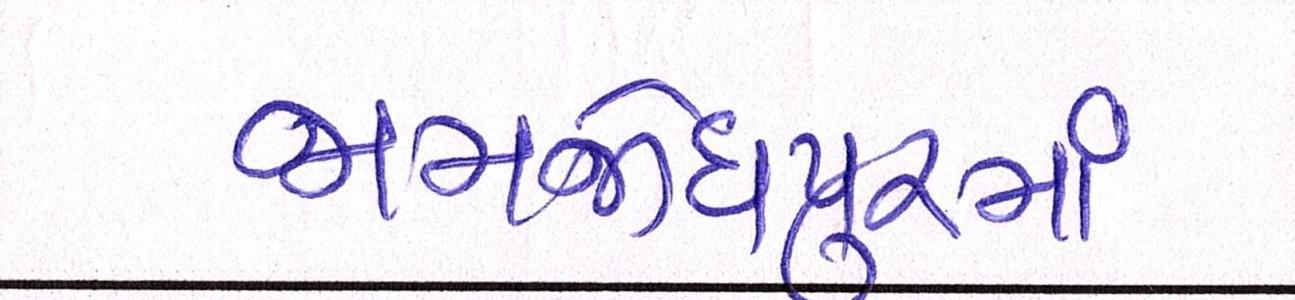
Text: જામજોધપુરમાં